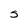
Character: S